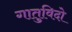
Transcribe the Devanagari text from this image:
गातुविदो